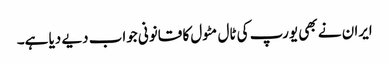
ایران نے بھی یورپ کی ٹال مٹول کا قانونی جواب دیے دیا ہے۔